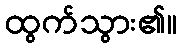
ထွက်သွား၏။